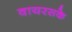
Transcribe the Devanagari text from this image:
वायरसके